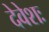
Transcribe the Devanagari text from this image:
देवेशः